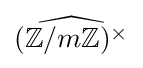
{\widehat {(\mathbb {Z} /m\mathbb {Z} )^{\times }}}